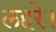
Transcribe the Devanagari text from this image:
लहरे।